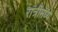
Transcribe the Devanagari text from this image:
रात्रींमध्ये